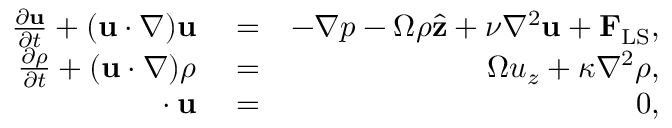
\begin{array} { r l r } { \frac { \partial { \mathbf { u } } } { \partial { t } } + ( \mathbf { u } \cdot \nabla ) \mathbf { u } } & { { } = } & { - \nabla p - \Omega \rho \hat { \bf z } + \nu \nabla ^ { 2 } \mathbf { u } + { \bf F } _ { \mathrm { L S } } , } \\ { \frac { \partial { \rho } } { \partial { t } } + ( \mathbf { u } \cdot \nabla ) \rho } & { { } = } & { \Omega u _ { z } + \kappa \nabla ^ { 2 } \rho , } \\ { { \bf \nabla \cdot u } } & { { } = } & { 0 , } \end{array}